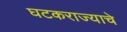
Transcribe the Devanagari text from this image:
घटकराज्याचे